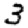
Digit: 3